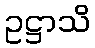
ဥဋ္ဌာသိ